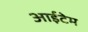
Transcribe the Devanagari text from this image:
आईटेम